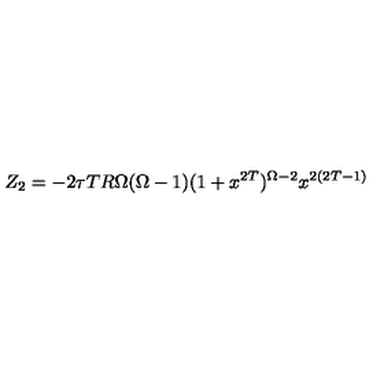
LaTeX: Z _ { 2 } = - 2 \tau T R \Omega ( \Omega - 1 ) ( 1 + x ^ { 2 T } ) ^ { \Omega - 2 } { x ^ { 2 ( 2 T - 1 ) } }